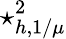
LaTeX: \star_{h,1/\mu}^{2}